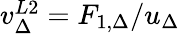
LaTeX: \begin{array}{r}{v_{\Delta}^{L2}=F_{1,\Delta}/u_{\Delta}}\end{array}